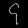
Digit: ၄